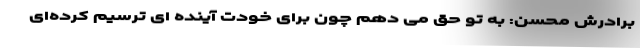
برادرش محسن: به تو حق می دهم چون برای خودت آینده ای ترسیم کرده‌ای